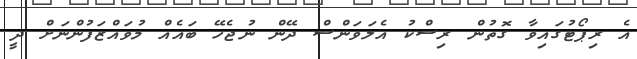
އެ ރިޕޯޓުގައިވާ ގޮތުން ރިސްކު އެލަވަންސް ދޭން ނުޖެހޭ ބައެއް މުވައްޒަފުންނަށް ދީ